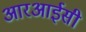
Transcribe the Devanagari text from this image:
आरआईसी